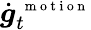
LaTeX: \dot{\boldsymbol g}_{t}^{\mathrm{~\scriptsize~m~o~t~i~o~n~}}